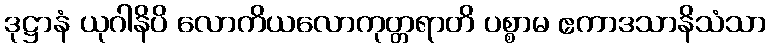
ဒုဋ္ဌာနံ ယုဂါနိပိ လောကိယလောကုတ္တရာတိ ပစ္စာမ ဧကာဒသာနိသံသာ